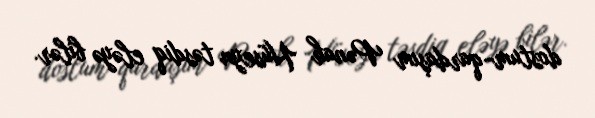
dostum-qardaşım Pənah Hüseyn təsdiq eləyə bilər.